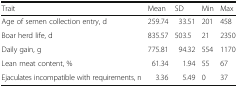
| Trait | Mean | SD | Min | Max |
 | --- | --- | --- | --- | --- |
 | Age of semen collection entry, d | 259.74 | 33.51 | 201 | 458 |
 | Boar herd life, d | 835.57 | 503.5 | 21 | 2350 |
 | Daily gain, g | 775.81 | 94.32 | 554 | 1170 |
 | Lean meat content, % | 61.34 | 1.94 | 55 | 67 |
 | Ejaculates incompatible with requirements, n | 3.36 | 5.49 | 0 | 37 |